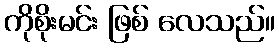
ကိုစိုးမင်း ဖြစ် လေသည်။